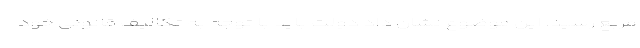
مربع رسید. این موضوع نشان داد دولت باید با توجه به تکالیف قانونی خود